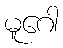
မူဂေါ